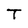
Character: T